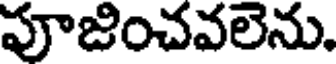
పూజించవలెను.